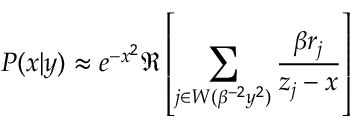
P ( x | y ) \approx e ^ { - x ^ { 2 } } \Re \left[ \sum _ { j \in W ( \beta ^ { - 2 } y ^ { 2 } ) } \frac { \beta r _ { j } } { z _ { j } - x } \right]